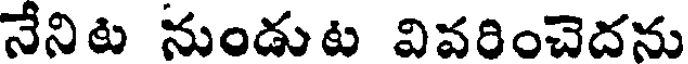
నేనిట నుండుట వివరించెదను